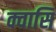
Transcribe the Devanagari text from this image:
क्वासि